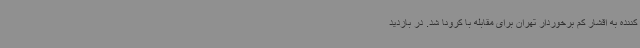
کننده به اقشار کم برخوردار تهران برای مقابله با کرونا شد. در بازدید